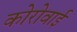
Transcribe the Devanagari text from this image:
कोरोवाई